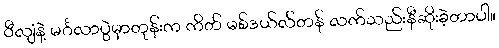
ဝီလျံနဲ့ မင်္ဂလာပွဲမှာတုန်းက ကိတ် မစ်ဒယ်လ်တန် လက်သည်းနီဆိုးခဲ့တာပါ။